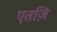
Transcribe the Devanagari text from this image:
एतज़ि